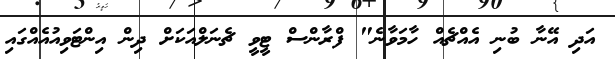
އަދި އޭނާ ބުނި އެއްޗެއް ހާމަވާނެ" ފްރާންސް ޓީވީ ޗެނަލްއަކަށް ދިން އިންޓަވިއުއެއްގައި